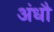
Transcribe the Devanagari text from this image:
अंधौ